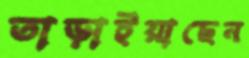
তাড়াইয়াছেন